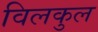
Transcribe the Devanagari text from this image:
विलकुल